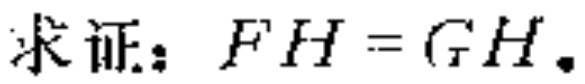
求证：$FH = GH.$